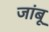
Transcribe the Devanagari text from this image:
जांबू